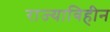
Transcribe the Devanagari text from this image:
राज्याविहीन